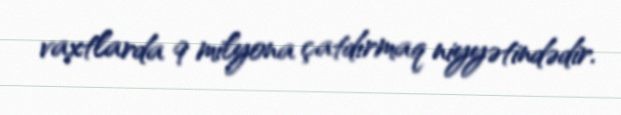
vaxtlarda 9 milyona çatdırmaq niyyətindədir.